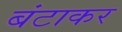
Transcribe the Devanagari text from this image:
बंटाकर